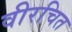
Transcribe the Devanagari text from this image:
वीरचित